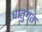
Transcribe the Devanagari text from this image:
धातुगत